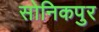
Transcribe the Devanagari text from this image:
सोनिकपुर